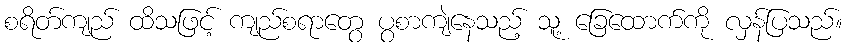
စရိတ်ကျည် ထိသဖြင့် ကျည်စရာတွေ ပွစာကျဲနေသည့် သူ့ ခြေထောက်ကို လှန်ပြသည်။